Report on vaccination in Madras 1895-1903 - 1895-1903
Year: 1895
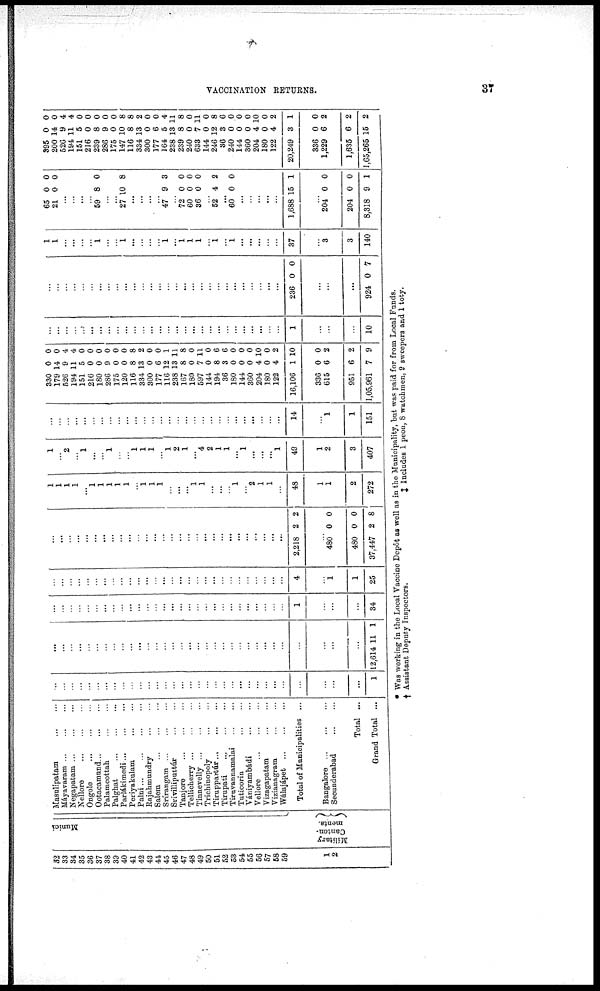
VACCINATION RETURNS.
37
32
33
34
35
36
37
38
39
40
41
42
48
44
45
46
47
48
49
50
51
52
53
54
55
56
57
58
59
1
2
Munici
Military
Canto¬
ments.
Masulipatam
...
...
Máyavaram
...
...
...
Negapatam ... ... ...
Nellore ... ... ...
Ongole
... ... ...
Ootacamund
...
...
Palamcottah
...
...
Palghat
...
...
...
Parlákimedi ... ...
Periyakulam ... ...
Palni
...
...
...
...
Rajahmundry ... ...
Salem
...
...
...
Srírangam
...
...
...
Srívilliputtúr ... ...
Tanjore
...
...
...
Tellicherry ... ... ...
Tinnevelly ... ... ...
Trichinopoly ... ...
Tiruppartúr
...
...
...
Tirupati
...
...
...
Tiruvannamalai ... ...
Tuticorin
...
...
Vániyambádi
...
...
Vellore
...
...
...
Vizagapatam
...
...
Vizianagram
...
...
Wálajápet
...
...
...
Total of Municipalities ...
Bangalore
Secunderabad
Total ...
Grand Total ...
...
...
...
...
...
...
...
...
...
...
...
...
...
...
...
...
...
...
...
...
...
...
...
...
...
...
...
...
...
...
...
...
1
...
...
...
...
...
...
...
...
...
...
...
...
...
...
...
...
...
...
...
...
...
...
...
...
...
...
...
...
...
...
...
...
12,614 11 1
...
...
...
...
...
...
...
...
...
...
...
...
...
...
...
...
...
...
...
...
...
...
...
...
...
...
...
...
1
...
...
...
34
...
...
...
...
...
...
...
...
...
...
...
...
...
...
...
...
...
...
...
...
...
...
...
...
...
...
...
...
4
...
1
1
25
...
...
...
...
...
...
...
...
...
...
...
...
...
...
...
...
...
...
...
...
...
...
...
...
...
...
...
...
2,218 2 2
...
480
480
37,447
0
0
2
0
0
8
1
1
1
1
...
1
1
1
1
1
...
1
1
1
...
...
...
1
1
...
...
... 1
...
2
1
1
...
48
1
1
2
272
1
...
2
...
1
...
...
1
...
...
1
1
1
...
1
2
1
...
4
2
1
1
...
1
...
...
...
1
49
1
2
3
407
...
...
...
...
...
...
...
...
...
...
...
...
...
...
...
...
...
...
...
...
...
...
...
...
...
...
...
...
14
...
1
1
151
330
179
526
194
151
216
180
286
175
120
116
334
300
177
116
238
167
180
597
144
194
36
180
144
360
204
180
122
16,106
336
615
951
1,05,961
0
14
9
11
5
0
0
9
0
0
8
13
0
6
12
13
8
0
7
0
8
3
0
0
0
4
0
4
1
0
6
6
7
0
0
4
4
0
0
0
0
0
0
8
2
0
0
1
11
8
0
11
0
6
6
0
0
0
10
0
2
10
0
2
2
9
...
...
...
...
...
...
...
...
...
...
...
...
...
...
...
...
...
...
...
...
...
...
...
...
...
...
...
...
1
...
...
...
10
...
...
...
...
...
...
...
...
...
...
...
...
...
...
...
...
...
...
...
...
...
...
...
...
...
...
...
...
236 0 0
...
...
...
924 0 7
1
1
...
...
...
...
1
...
...
1
...
...
...
...
1
...
1
1
1
...
1
...
1
...
...
...
...
...
37
...
3
3
140
65
21
0
0
0
0
...
...
...
...
59 8 0
...
...
27 10 8
...
...
...
...
47 9 3
...
72
60
36
0
0
0
0
0
0
...
52 4 2
...
60 0 0
...
...
...
...
...
1,688 15 1
...
204
204
8,318
0
0
9
0
0
1
395
200
526
194
151
216
239
286
175
147
116
334
300
177
164
238
239
240
633
144
246
36
240
144
360
204
180
122
20,249
336
1,229
1,635
1,65,265
0
14
9
11
5
0
8
9
0
10
8
13
0
6
5
13
8
0
7
0
12
3
0
0
0
4
0
4
3
0
6
6
15
0
0
4
4
0
0
0
0
0
8
8
2
0
0
4
11
8
0
11
0
8
6
0
0
0
10
0
2
1
0
2
2
2
*
†
Was working in the Local Vaccine Depôt as well as in the Municipality, but was paid for from Local Funds.
Assistant Deputy Inspectors.
‡ Includes 1 peon, 8 watchmen, 9 sweepers and 1 toty.